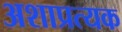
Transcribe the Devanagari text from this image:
अशाप्रत्यक